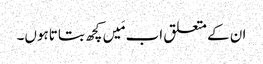
ان کے متعلق اب مَیں کچھ بتاتاہوں۔